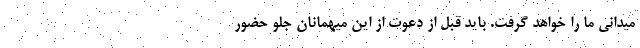
میدانی ما را خواهد گرفت. باید قبل از دعوت از این میهمانان جلو حضور